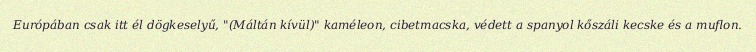
Európában csak itt él dögkeselyű, "(Máltán kívül)" kaméleon, cibetmacska, védett a spanyol kőszáli kecske és a muflon.